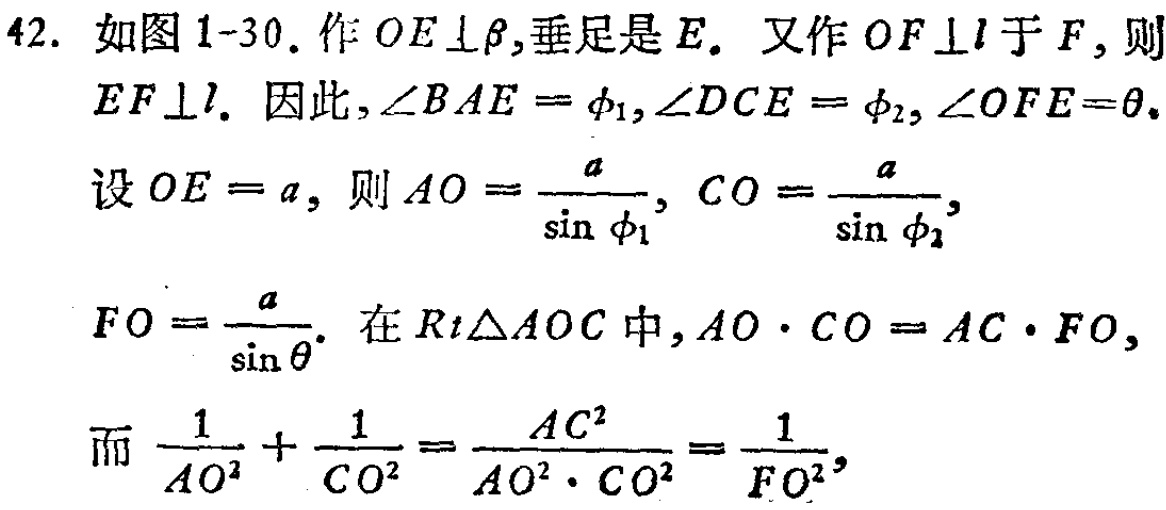
42. 如图1-30. 作 \(OE\perp\beta\),垂足是 \(E\). 又作 \(OF\perp l\)于 \(F\), 则
\(EF\perp l\). 因此, \(\angle BAE = \phi_{1},\angle DCE = \phi_{2},\angle OFE=\theta\).
设 \(OE = a\), 则 \(AO = \frac{a}{\sin\phi_{1}}, CO = \frac{a}{\sin\phi_{2}}\),
\(FO = \frac{a}{\sin\theta}\). 在 \(Rt\triangle AOC\)中, \(AO\cdot CO = AC\cdot FO\),
而 \(\frac{1}{AO^{2}}+\frac{1}{CO^{2}}=\frac{AC^{2}}{AO^{2}\cdot CO^{2}}=\frac{1}{FO^{2}}\),